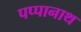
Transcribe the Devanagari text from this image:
पप्पानाथ